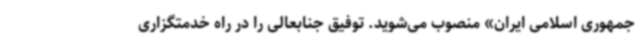
جمهوری اسلامی ایران» منصوب می‌شوید. توفیق جنابعالی را در راه خدمتگزاری